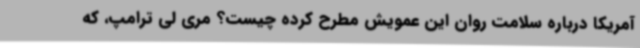
آمریکا درباره سلامت روان این عمویش مطرح کرده چیست؟ مری لی ترامپ، که